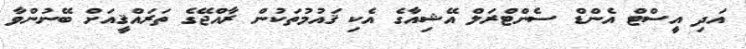
އަދި އީސްޓް އެންޑް ސެންޓްރަލް އޭޝިއާގެ އެކި ޤައުމުތަކުން ރާއްޖޭގެ ތަރައްޤީއަށް ބޭނުންވާ